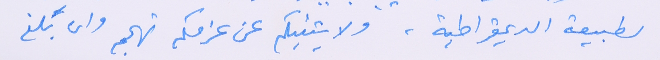
لطبيعة الديمقراطية، ولا يثنيكم عن عزمكم تهجم وان بَلغ